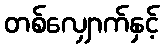
တစ်လျှောက်နှင့်